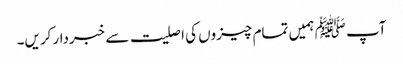
آپ ﷺ ہمیں تمام چیزوں کی اصلیت سے خبردار کریں۔